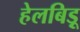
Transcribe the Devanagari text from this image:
हेलबिड़ू